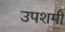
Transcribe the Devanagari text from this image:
उपशमी